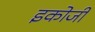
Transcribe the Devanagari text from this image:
इकोजी